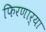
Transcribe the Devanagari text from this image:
फिरणार्या